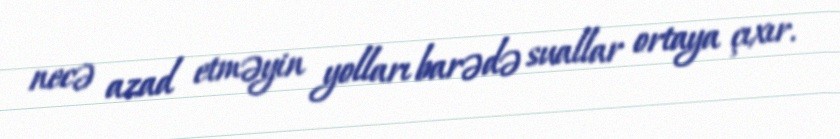
necə azad etməyin yolları barədə suallar ortaya çıxır.